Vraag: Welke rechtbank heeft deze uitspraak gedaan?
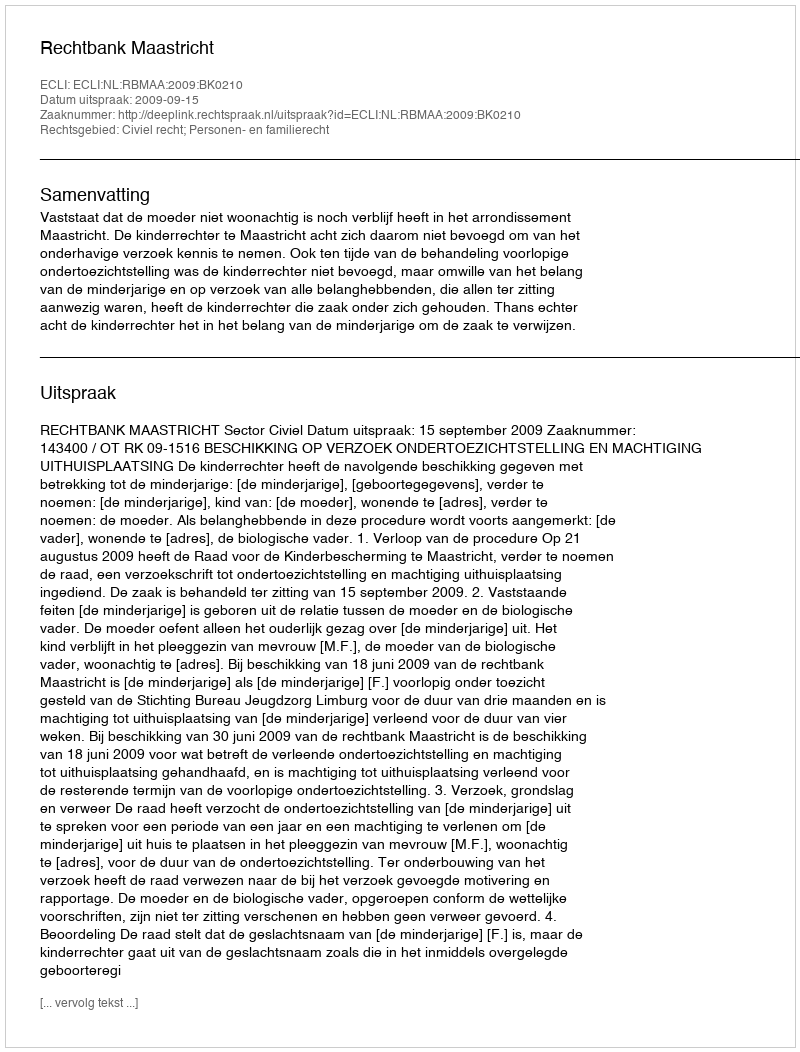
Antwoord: Rechtbank Maastricht